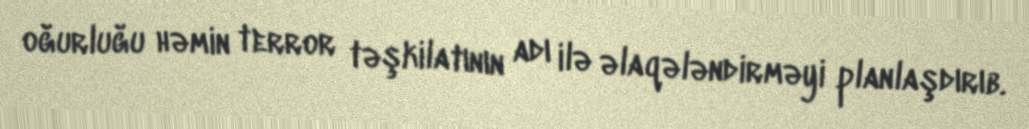
oğurluğu həmin terror təşkilatının adı ilə əlaqələndirməyi planlaşdırıb.